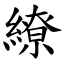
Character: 繚